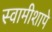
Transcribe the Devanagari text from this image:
स्वामीशापे